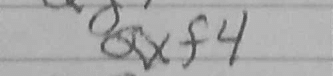
Transcription: Qxf4